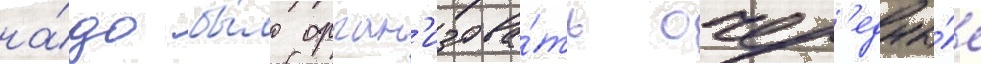
на́до бы́ло орган'изова́ть очер'едны́е